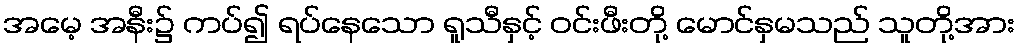
အမေ့ အနီး၌ ကပ်၍ ရပ်နေသော ရူသီနှင့် ဝင်းဖီးတို့ မောင်နှမသည် သူတို့အား